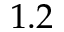
1 . 2